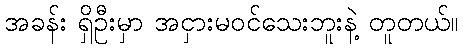
အခန်း ရှိဦးမှာ အငှားမဝင်သေးဘူးနဲ့ တူတယ်။